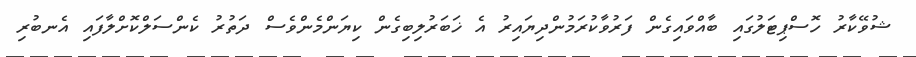
ޝުވޭކާރު ހޮސްޕިޓަލުގައި ބާއްވައިގެން ފަރުވާކުރަމުންދިޔައިރު އެ ޚަބަރުލިބިގެން ކިޔަންމެންވެސް ދަތުރު ކެންސަލްކޮށްލާފައި އެނބުރި